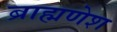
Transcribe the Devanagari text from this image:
ब्राह्मणेश